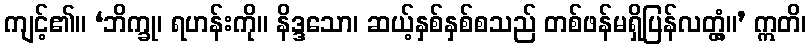
ကျင့်၏။ ‘ဘိက္ခု၊ ရဟန်းကို။ နိဒ္ဒသော၊ ဆယ့်နှစ်နှစ်စသည် တစ်ဖန်မရှိပြန်လတ္တံ့။’ ဣတိ၊